Vaccine operations Central Provinces & Berar 1922-1929 - 1922-1929
Year: 1922
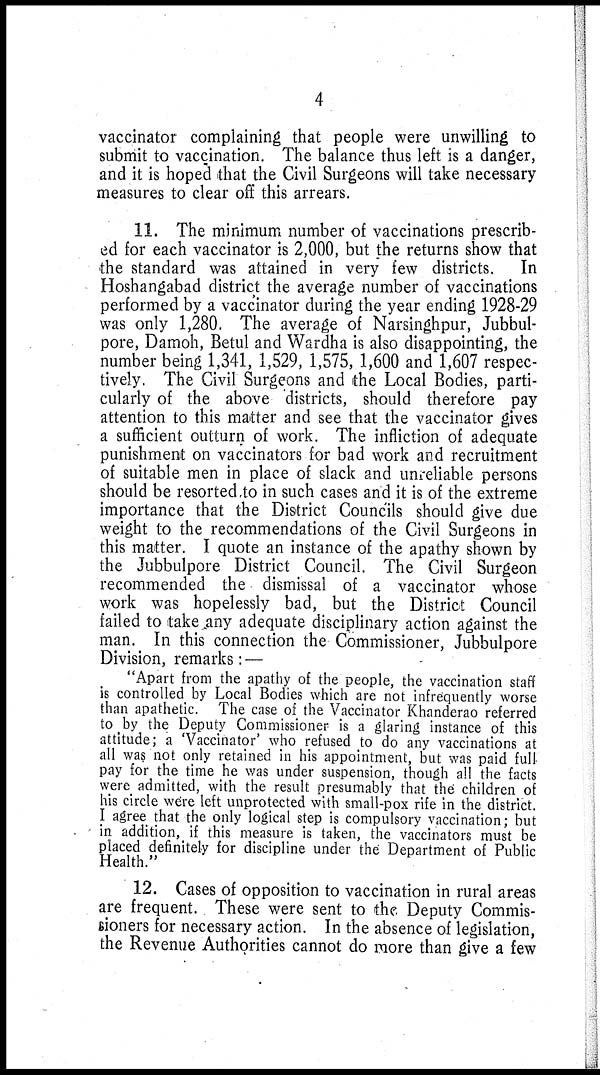
4
vaccinator complaining that people were unwilling to
submit to vaccination. The balance thus left is a danger,
and it is hoped that the Civil Surgeons will take necessary
measures to clear off this arrears.
11. The minimum number of vaccinations prescrib-
ed for each vaccinator is 2,000, but the returns show that
the standard was attained in very few districts. In
Hoshangabad district the average number of vaccinations
performed by a vaccinator during the year ending 1928-29
was only 1,280. The average of Narsinghpur, Jubbul¬
pore, Damoh, Betul and Wardha is also disappointing, the
number being 1,341, 1,529, 1,575, 1,600 and 1,607 respec-
tively. The Civil Surgeons and the Local Bodies, parti-
cularly of the above districts, should therefore pay
attention to this matter and see that the vaccinator gives
a sufficient outturn of work. The infliction of adequate
punishment on vaccinators for bad work and recruitment
of suitable men in place of slack and unreliable persons
should be resorted to in such cases and it is of the extreme
importance that the District Councils should give due
weight to the recommendations of the Civil Surgeons in
this matter. I quote an instance of the apathy shown by
the Jubbulpore District Council. The Civil Surgeon
recommended the dismissal of a vaccinator whose
work was hopelessly bad, but the District Council
failed to take any adequate disciplinary action against the
man. In this connection the Commissioner, Jubbulpore
Division, remarks: —
"Apart from the apathy of the people, the vaccination staff
is controlled by Local Bodies which are not infrequently worse
than apathetic. The case of the Vaccinator Khanderao referred
to by the Deputy Commissioner is a glaring instance of this
attitude; a 'Vaccinator' who refused to do any vaccinations at
all was not only retained in his appointment, but was paid full
pay for the time he was under suspension, though all the facts
were admitted, with the result presumably that the children of
his circle were left unprotected with small-pox rife in the district.
I agree that the only logical step is compulsory vaccination; but
in addition, if this measure is taken, the vaccinators must be
placed definitely for discipline under the Department of Public
Health."
12. Cases of opposition to vaccination in rural areas
are frequent. These were sent to the Deputy Commis-
sioners for necessary action. In the absence of legislation,
the Revenue Authorities cannot do more than give a few